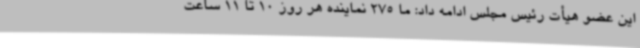
این عضو هیأت رئیس مجلس ادامه داد: ما 275 نماینده هر روز 10 تا 11 ساعت